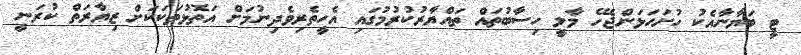
ޓީ ބަޔާނާއެކު ހުށަހަޅަންޖެހޭ މާލީ ހިސާބުތައް ތައްޔާރުކުރުމުގައި އެހީތެރިވެދިނުމަށް އަތޮޅުތަކަކަށް ޒިޔާރަތް ކުރަނީ